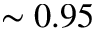
\sim 0 . 9 5